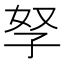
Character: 孥